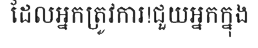
ដែលអ្នកត្រូវការ!ជួយអ្នកក្នុង